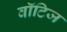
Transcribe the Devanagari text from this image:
वॉटिज